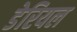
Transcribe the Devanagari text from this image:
डेरियल